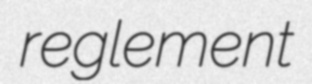
reglement